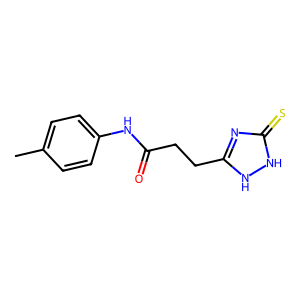
SMILES: Cc1ccc(NC(=O)CCc2nc(=S)[nH][nH]2)cc1
Inhibits HIV replication: Yes